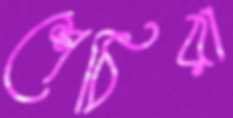
শেঠিরা